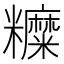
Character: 𥽰